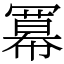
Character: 冪